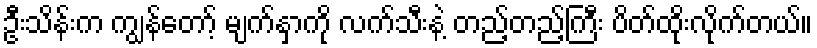
ဦးသိန်းက ကျွန်တော့် မျက်နှာကို လက်သီးနဲ့ တည့်တည့်ကြီး ပိတ်ထိုးလိုက်တယ်။